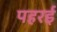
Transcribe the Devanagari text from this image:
पहरई